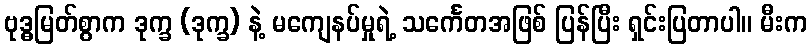
ဗုဒ္ဓမြတ်စွာက ဒုက္ခ (ဒုက္ခ) နဲ့ မကျေနပ်မှုရဲ့ သင်္ကေတအဖြစ် ပြန်ပြီး ရှင်းပြတာပါ။ မီးက